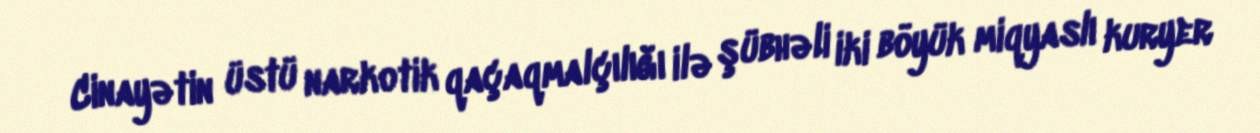
Cinayətin üstü narkotik qaçaqmalçılığı ilə şübhəli iki böyük miqyaslı kuryer